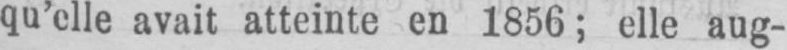
qu’elle avait atteinte en 1856; elle aug-